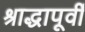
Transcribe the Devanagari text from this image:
श्राद्धापूर्वी